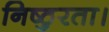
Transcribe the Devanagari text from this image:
निष्ठुरता।